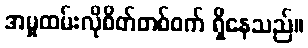
အမှုထမ်းလိုစိတ်တစ်ဝက် ရှိနေသည်။